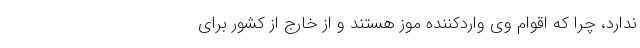
ندارد، چرا که اقوام وی واردکننده موز هستند و از خارج از کشور برای